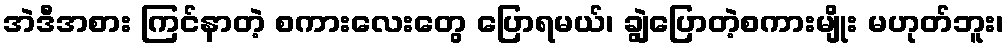
အဲဒီအစား ကြင်နာတဲ့ စကားလေးတွေ ပြောရမယ်၊ ချွဲပြောတဲ့စကားမျိုး မဟုတ်ဘူး၊